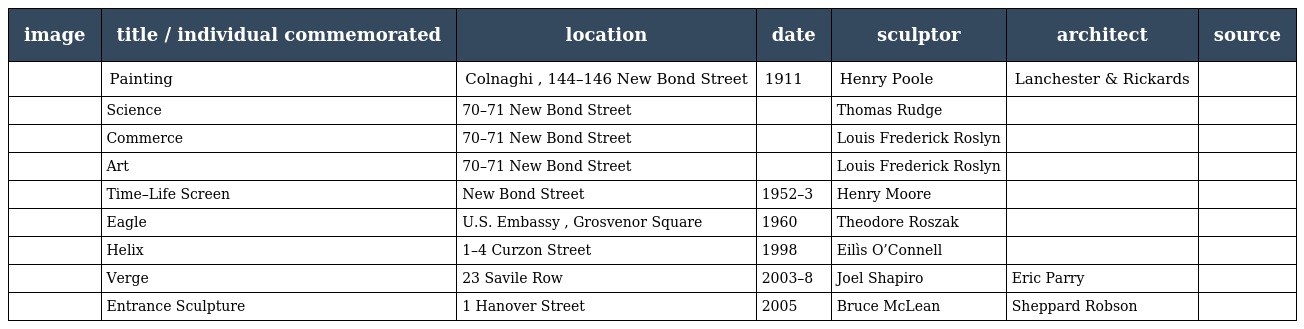
| image | title / individual commemorated | location | date | sculptor | architect | source |
 | --- | --- | --- | --- | --- | --- | --- |
 |  | Painting | Colnaghi , 144–146 New Bond Street | 1911 | Henry Poole | Lanchester & Rickards |  |
 |  | Science | 70–71 New Bond Street |  | Thomas Rudge |  |  |
 |  | Commerce | 70–71 New Bond Street |  | Louis Frederick Roslyn |  |  |
 |  | Art | 70–71 New Bond Street |  | Louis Frederick Roslyn |  |  |
 |  | Time–Life Screen | New Bond Street | 1952–3 | Henry Moore |  |  |
 |  | Eagle | U.S. Embassy , Grosvenor Square | 1960 | Theodore Roszak |  |  |
 |  | Helix | 1–4 Curzon Street | 1998 | Eilìs O’Connell |  |  |
 |  | Verge | 23 Savile Row | 2003–8 | Joel Shapiro | Eric Parry |  |
 |  | Entrance Sculpture | 1 Hanover Street | 2005 | Bruce McLean | Sheppard Robson |  |